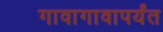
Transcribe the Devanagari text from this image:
गावागावापर्यंत